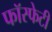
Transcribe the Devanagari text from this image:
फॉस्फेटी